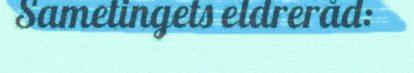
Sametingets eldreråd: